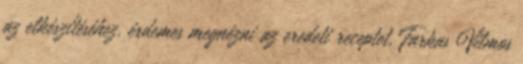
az elkészítéséhez, érdemes megnézni az eredeti receptet, Farkas Vilmos